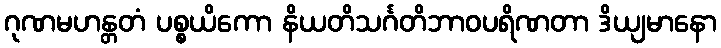
ဂုဏမဟန္တတံ ပစ္စယိကော နိယတိသင်္ဂတိဘာဝပရိဏတာ ဒိယျမာနော